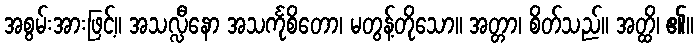
အစွမ်းအားဖြင့်။ အသလ္လီနော အသင်္ကုစိတော၊ မတွန့်တိုသော။ အတ္တာ၊ စိတ်သည်။ အတ္ထိ၊ ၏။